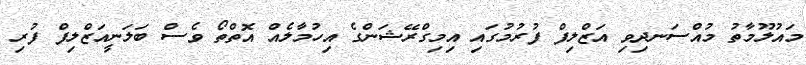
މައުލޫމާތު މުއްސަނދިވި އަޒްލިފް ފުރުމުގައި އިމިގްރޭޝަންގެ އިހުމާލެއް އޮތްތޯ ވެސް ބަލަނީއަޒްލިފް ފުރި